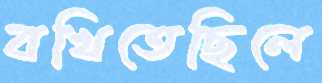
বখিতেছিলে